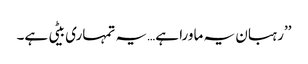
’’رہبان یہ ماورا ہے…یہ تمہاری بیٹی ہے۔